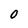
Character: 0